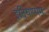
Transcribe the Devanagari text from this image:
इदियाप्पम